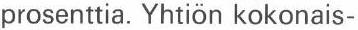
prosenttia. Yhtiön kokonais-